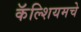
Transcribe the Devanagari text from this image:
कॅल्शियमचे